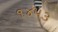
૧૪૫૩